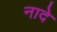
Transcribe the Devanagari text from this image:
नादे